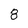
Character: 8